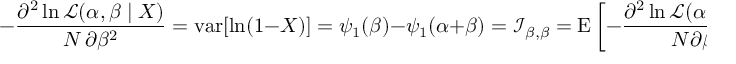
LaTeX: - { \frac { \partial ^ { 2 } \ln { \mathcal { L } } ( \alpha , \beta \mid X ) } { N \, \partial \beta ^ { 2 } } } = \operatorname { v a r } [ \ln ( 1 - X ) ] = \psi _ { 1 } ( \beta ) - \psi _ { 1 } ( \alpha + \beta ) = { \mathcal { I } } _ { \beta , \beta } = \operatorname { E } \left[ - { \frac { \partial ^ { 2 } \ln { \mathcal { L } } ( \alpha , \beta \mid X ) } { N \partial \beta ^ { 2 } } } \right] = \ln \operatorname { v a r } _ { G ( 1 - X ) }